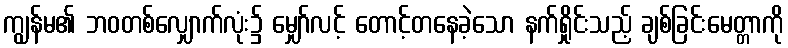
ကျွန်မ၏ ဘဝတစ်လျှောက်လုံး၌ မျှော်လင့် တောင့်တနေခဲ့သော နက်ရှိုင်းသည့် ချစ်ခြင်းမေတ္တာကို